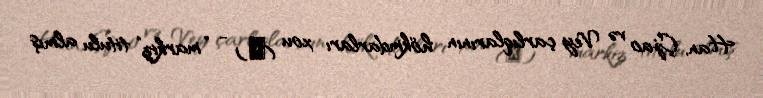
Han, Çjao və Vey çarlıqlarının hökmdarları xou (侯) - “markiz” titulu almış